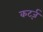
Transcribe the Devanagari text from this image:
कर्ट्ज़